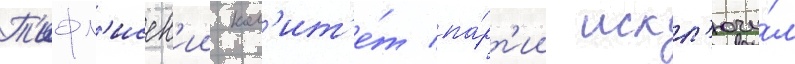
Т'ифл'исск'ии ком'ит'е́т па́рт'ии искл'ючи́л